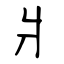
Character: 爿